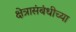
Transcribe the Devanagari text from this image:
क्षेत्रासंबंधीच्या